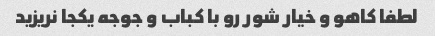
لطفا کاهو و خیار شور رو با کباب و جوجه یکجا نریزید